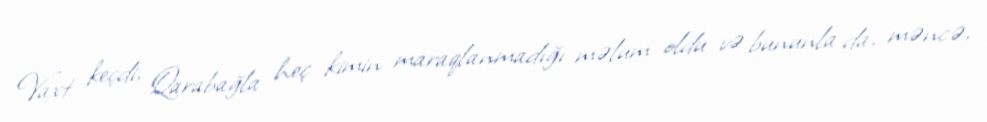
Vaxt keçdi, Qarabağla heç kimin maraqlanmadığı məlum oldu və bununla da, məncə,